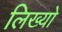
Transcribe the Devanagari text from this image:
लिख्‍यो